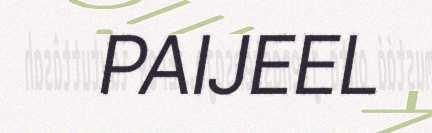
PAIJEEL